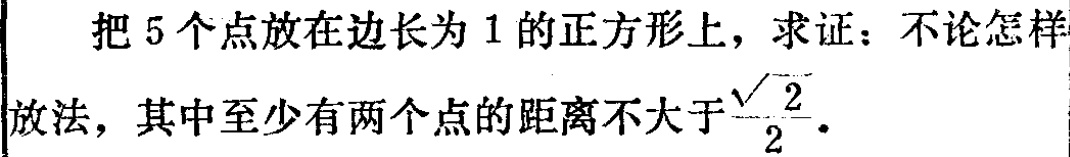
把5个点放在边长为1的正方形上，求证：不论怎样

放法，其中至少有两个点的距离不大于$\frac{\sqrt{2}}{2}$．